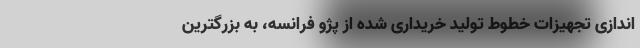
اندازی تجهیزات خطوط تولید خریداری شده از پژو فرانسه، به بزرگترین